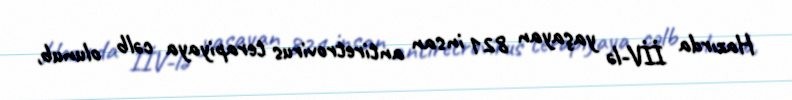
Hazırda İİV-lə yaşayan 821 insan antiretrovirus terapiyaya cəlb olunub,